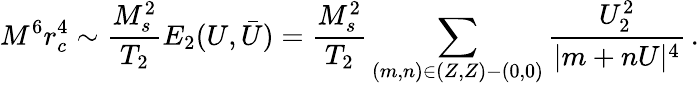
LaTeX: M^{6}r_{c}^{4}\sim\frac{M_{s}^{2}}{T_{2}}E_{2}(U,\bar{U})=\frac{M_{s}^{2}}{T_{2}}\sum_{(m,n)\in(Z,Z)-(0,0)}\frac{U_{2}^{2}}{|m+nU|^{4}}\, .